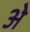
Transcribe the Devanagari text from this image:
अे